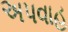
અપવાહ